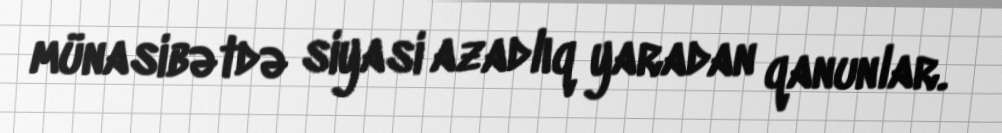
münasibətdə siyasi azadlıq yaradan qanunlar.